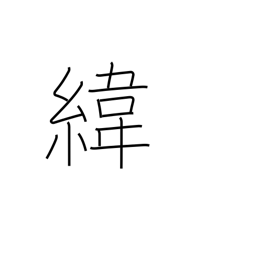
Meaning: (parallels of) latitude